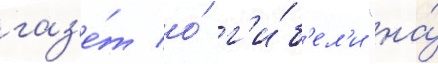
газ'е́т о́ г'и́б'ел'и "на́